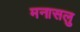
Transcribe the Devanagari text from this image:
मनासलु